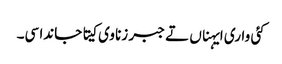
کئی واری ایہناں تے جبر زنا وی کیتا جاندا سی۔